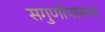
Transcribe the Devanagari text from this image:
सगुणोपासना